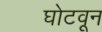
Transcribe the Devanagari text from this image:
घोटवून